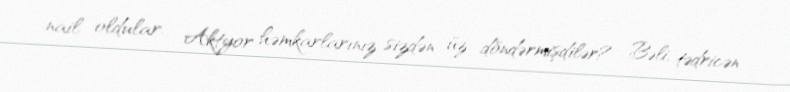
nail oldular.- Aktyor həmkarlarınız sizdən üz döndərmişdilər?- Bəli, tədricən